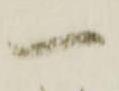
一